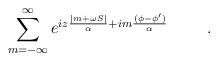
LaTeX: \begin{align*}\sum_{m=-\infty }^\infty e^{iz\frac{|m+\omega S|}\alpha +im\frac{(\phi -\phi^{\prime })}\alpha } \hspace{1cm}.\end{align*}